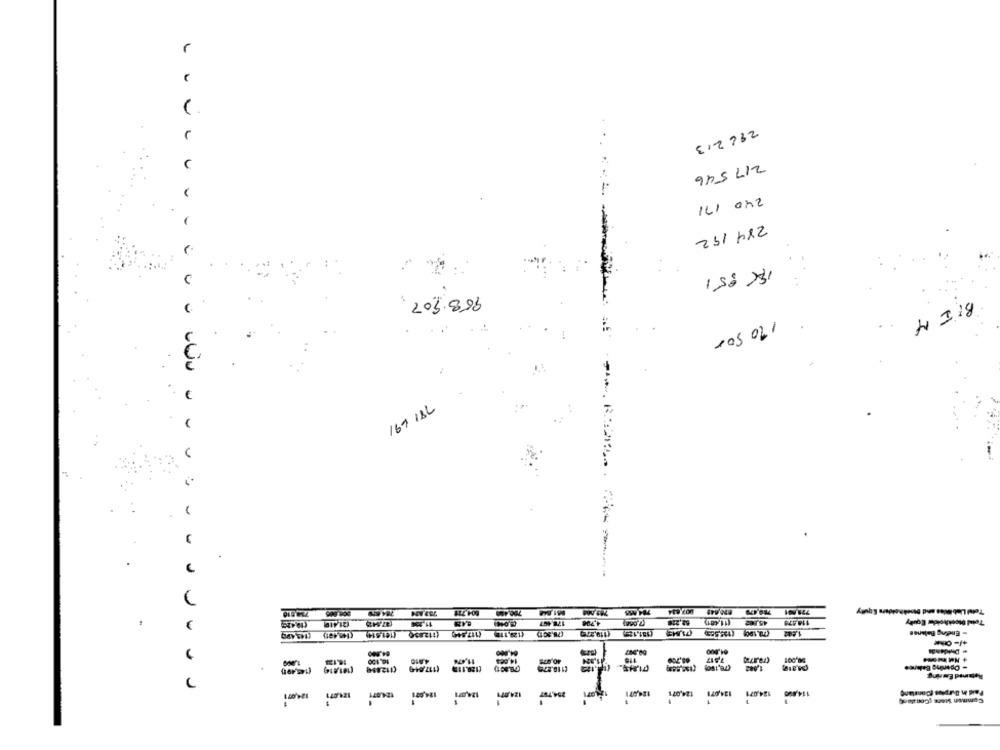
r
812732
...
U
217 546
240 171
-
284 192
18 851
963.907.
4 1.18
170 500
169 18L
.
45,802
€
--
16.150
- Opening Babyme
---------------